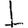
Digit: 1